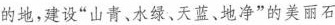
的地，建设“山青、水绿、天蓝、地净”的美丽石